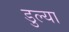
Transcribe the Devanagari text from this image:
डुल्या